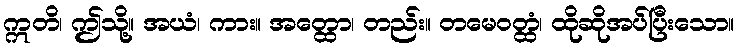
ဣတိ၊ ဤသို့။ အယံ၊ ကား။ အတ္ထော၊ တည်း။ တမေဝတ္ထံ၊ ထိုဆိုအပ်ပြီးသော။